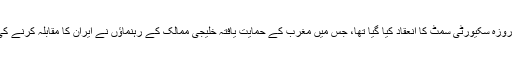
گزشتہ ہفتے بحرین میں دو روزہ سکیورٹی سمٹ کا انعقاد کیا گیا تھا، جس میں مغرب کے حمایت یافتہ خلیجی ممالک کے رہنماؤں نے ایران کا مقابلہ کرنے کی ضرورت پر اتفاق کیا تھا۔